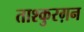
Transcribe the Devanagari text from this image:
ताश्कुरग़न